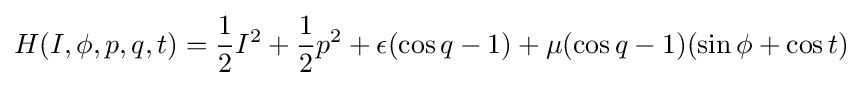
H(I,\phi ,p,q,t)={1 \over 2}I^{2}+{1 \over 2}p^{2}+\epsilon (\cos {q}-1)+\mu (\cos {q}-1)(\sin {\phi +\cos t)}